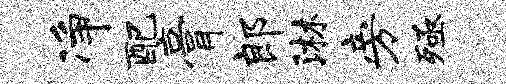
净配膏郎淋旁殛